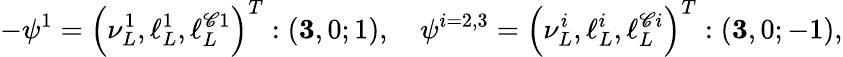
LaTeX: -\psi^{1}=\left(\nu_{L}^{1},\ell_{L}^{1},\ell_{L}^{\mathscr{C}1}\right)^{T}:\left({\mathbf{3}},0;1\right),\quad\psi^{i=2,3}=\left(\nu_{L}^{i},\ell_{L}^{i},\ell_{L}^{\mathscr{C}i}\right)^{T}:\left({\mathbf{3}},0;-1\right),